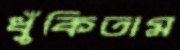
ধুঁকিতাম